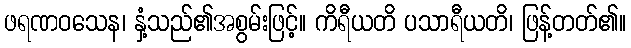
ဖရဏဝသေန၊ နှံ့သည်၏အစွမ်းဖြင့်။ ကိရီယတိ ပသာရီယတိ၊ ဖြန့်တတ်၏။